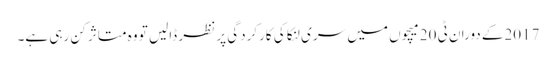
2017کے دوران ٹی 20 میچوں میں سری لنکا کی کارکردگی پر نظر ڈالیں تو وہ متاثر کن رہی ہے۔